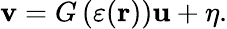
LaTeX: \mathbf{v}=G\left(\varepsilon(\mathbf{r})\right)\mathbf{u}+\eta.